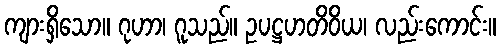
ကျားရှိသော။ ဂုဟာ၊ ဂူသည်။ ဥပဋ္ဌဟတိဝိယ၊ လည်းကောင်း။